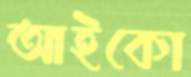
আইকো